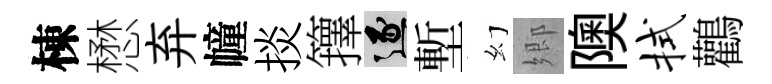
棟懋弃幢掞籜逐塹幻郷隩拭鸛